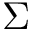
\Sigma